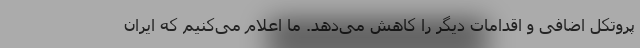
پروتکل اضافی و اقدامات دیگر را کاهش می‌دهد. ما اعلام می‌کنیم که ایران